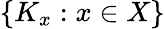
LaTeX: \{ K_{x}:x\in X\}